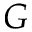
G